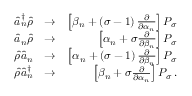
\begin{array} { r l r } { \hat { a } _ { n } ^ { \dagger } \hat { \rho } } & { \rightarrow } & { \left[ \beta _ { n } + \left( \sigma - 1 \right) \frac { \partial } { \partial \alpha _ { n } } \right] P _ { \sigma } } \\ { \hat { a } _ { n } \hat { \rho } } & { \rightarrow } & { \left[ \alpha _ { n } + \sigma \frac { \partial } { \partial \beta _ { n } } \right] P _ { \sigma } } \\ { \hat { \rho } \hat { a } _ { n } } & { \rightarrow } & { \left[ \alpha _ { n } + \left( \sigma - 1 \right) \frac { \partial } { \partial \beta _ { n } } \right] P _ { \sigma } } \\ { \hat { \rho } \hat { a } _ { n } ^ { \dagger } } & { \rightarrow } & { \left[ \beta _ { n } + \sigma \frac { \partial } { \partial \alpha _ { n } } \right] P _ { \sigma } \, . } \end{array}